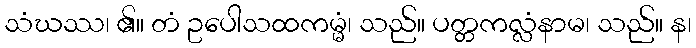
သံဃဿ၊ ၏။ တံ ဥပေါသထကမ္မံ၊ သည်။ ပတ္တကလ္လံနာမ၊ သည်။ န၊